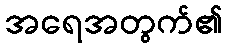
အရေအတွက်၏